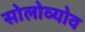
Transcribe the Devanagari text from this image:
सोलोव्योव